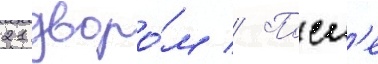
21 дворо́м // Посл'е